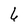
Character: 6